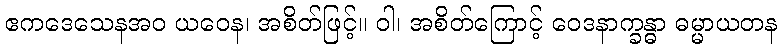
ဧကဒေသေနအဝ ယဝေန၊ အစိတ်ဖြင့်။ ဝါ၊ အစိတ်ကြောင့် ဝေဒနာက္ခန္ဓာ ဓမ္မာယတန